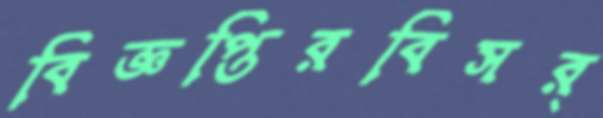
বিজ্ঞপ্তিরবিসর্